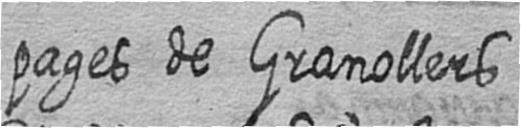
pages de Granollers